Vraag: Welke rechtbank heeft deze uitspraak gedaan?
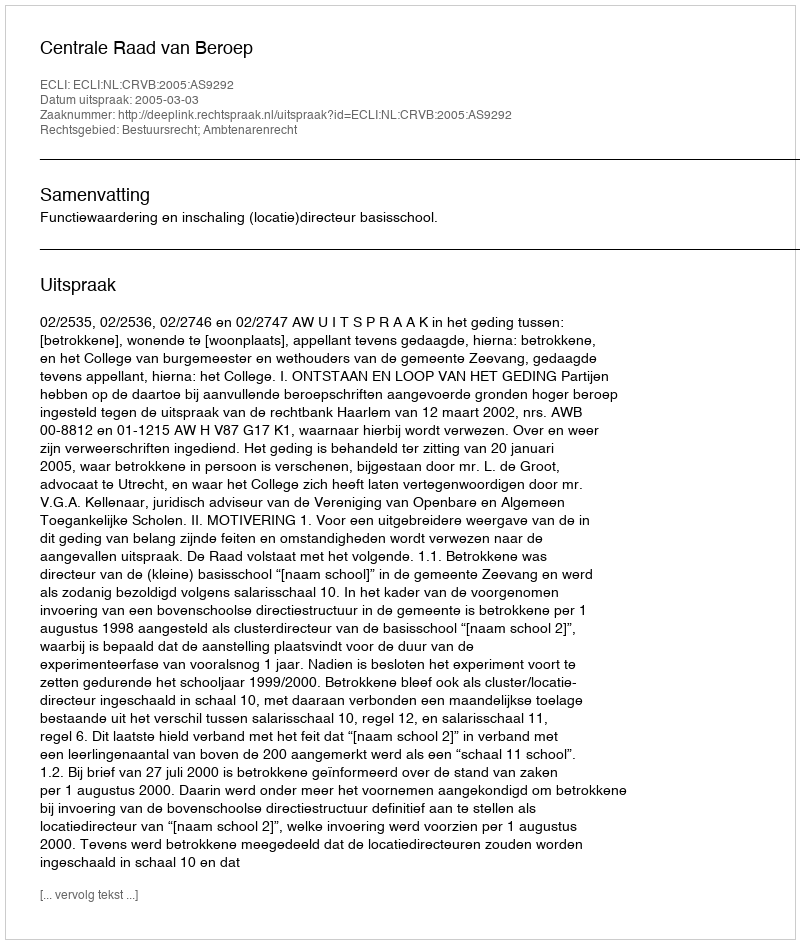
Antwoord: Centrale Raad van Beroep